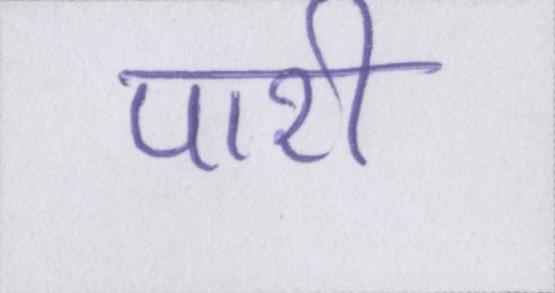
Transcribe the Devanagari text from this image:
पारी